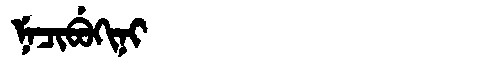
Manchu: ᠨᡝᠴᡳᠪᡠᡴᡳᠨᡳ
Romanization: NECIBUKINI